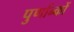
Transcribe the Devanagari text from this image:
पुर्णान्कों